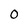
Character: 0